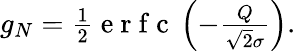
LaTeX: \begin{array}{r}{g_{N}=\frac{1}{2}\mathrm{~e~r~f~c~}\left(-\frac{Q}{\sqrt{2}\sigma}\right).}\end{array}